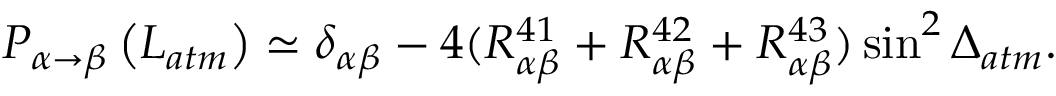
P _ { \alpha \rightarrow \beta } \left( L _ { a t m } \right) \simeq \delta _ { \alpha \beta } - 4 ( R _ { \alpha \beta } ^ { 4 1 } + R _ { \alpha \beta } ^ { 4 2 } + R _ { \alpha \beta } ^ { 4 3 } ) \sin ^ { 2 } \Delta _ { a t m } .